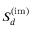
{ \cal S } _ { d } ^ { ( \mathrm { i m ) } }